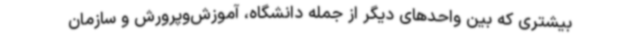
بیشتری که بین واحدهای دیگر از جمله دانشگاه، آموزش‌وپرورش و سازمان